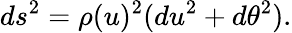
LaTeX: ds^{2}=\rho(u)^{2}(du^{2}+d\theta^{2}).